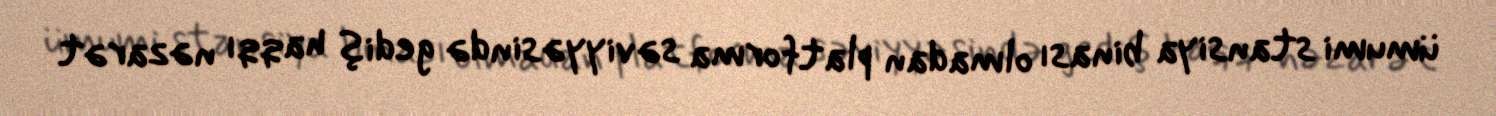
ümumi stansiya binası olmadan platforma səviyyəsində gediş haqqı nəzarət